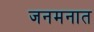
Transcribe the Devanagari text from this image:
जनमनात